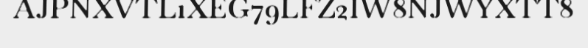
AJPNXVTL1XEG79LFZ2IW8NJWYXTT8